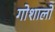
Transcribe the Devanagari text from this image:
गोशालों